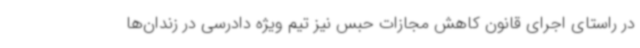
در راستای اجرای قانون کاهش مجازات حبس نیز تیم ویژه دادرسی در زندان‌ها